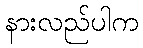
နားလည်ပါက